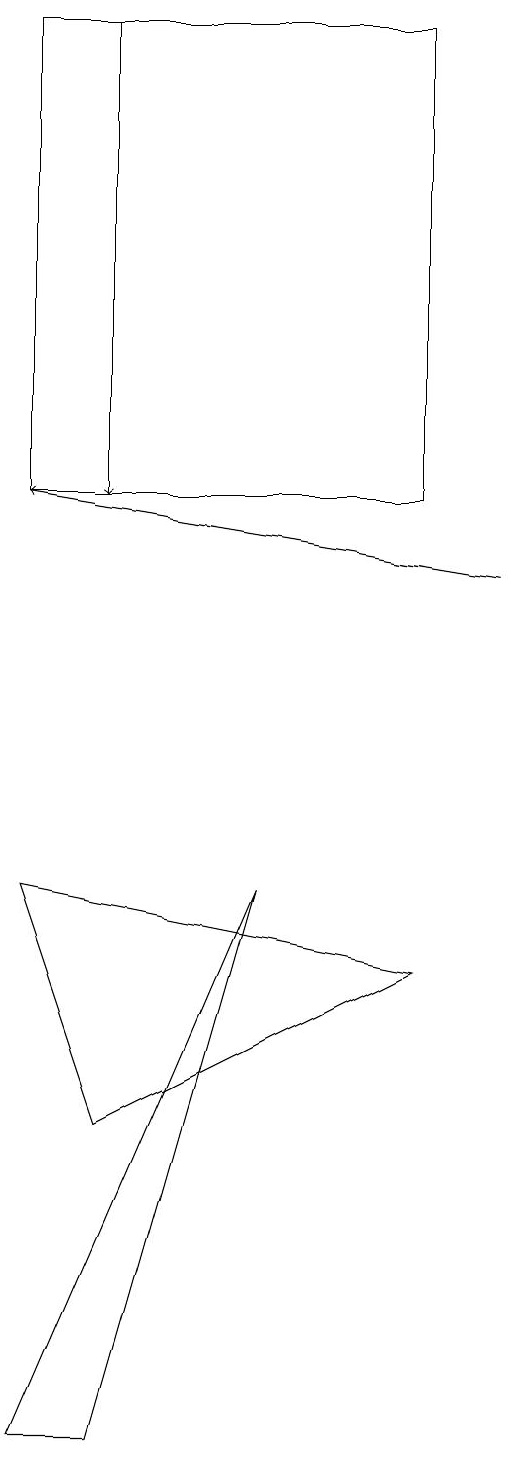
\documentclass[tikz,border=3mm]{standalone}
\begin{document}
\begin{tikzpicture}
\draw (2,19) rectangle (7,13);
\draw (2,1) -- (5,8) -- (3,1) -- cycle;
\draw[->] (8,12) -- (2,13);
\draw (2,8) -- (7,7) -- (3,5) -- cycle;
\draw[->] (3,19) -- (3,13);
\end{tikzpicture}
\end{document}